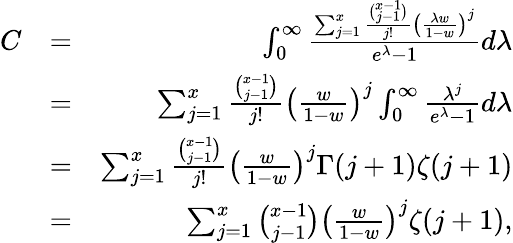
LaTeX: \begin{array}{rlr}{C}&{=}&{\int_{0}^{\infty}{\frac{\sum_{j=1}^{x}\frac{\binom{x-1}{j-1}}{j!}\left(\frac{\lambda w}{1-w}\right)^{j}}{e^{\lambda}-1}d\lambda}}\\ &{=}&{\sum_{j=1}^{x}\frac{\binom{x-1}{j-1}}{j!}\left(\frac{w}{1-w}\right)^{j}\int_{0}^{\infty}\frac{\lambda^{j}}{e^{\lambda}-1}d\lambda}\\ &{=}&{\sum_{j=1}^{x}\frac{\binom{x-1}{j-1}}{j!}\left(\frac{w}{1-w}\right)^{j}\Gamma(j+1)\zeta(j+1)}\\ &{=}&{\sum_{j=1}^{x}\binom{x-1}{j-1}\left(\frac{w}{1-w}\right)^{j}\zeta(j+1),}\end{array}